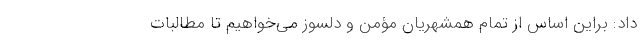
داد: براین اساس از تمام همشهریان مؤمن و دلسوز می‌خواهیم تا مطالبات